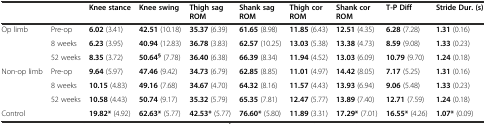
<table><thead><tr><td></td><td></td><td><b>Knee stance</b></td><td><b>Knee swing</b></td><td><b>Thigh sag ROM</b></td><td><b>Shank sag ROM</b></td><td><b>Thigh cor ROM</b></td><td><b>Shank cor ROM</b></td><td><b>T-P Diff</b></td><td><b>Stride Dur. (s)</b></td></tr></thead><tbody><tr><td>Op limb</td><td>Pre-op</td><td><b>6.02</b> (3.41)</td><td><b>42.51</b> (10.18)</td><td><b>35.37</b> (6.39)</td><td><b>61.65</b> (8.98)</td><td><b>11.85</b> (6.43)</td><td><b>12.51</b> (4.35)</td><td><b>6.28</b> (7.28)</td><td><b>1.31</b> (0.16)</td></tr><tr><td></td><td>8 weeks</td><td><b>6.23</b> (3.95)</td><td><b>40.94</b> (12.83)</td><td><b>36.78</b> (3.83)</td><td><b>62.57</b> (10.25)</td><td><b>13.03</b> (5.38)</td><td><b>13.38</b> (4.73)</td><td><b>8.59</b> (9.08)</td><td><b>1.33</b> (0.23)</td></tr><tr><td></td><td>52 weeks</td><td><b>8.35</b> (3.72)</td><td><b>50.64</b><sup><b>§</b></sup> (7.78)</td><td><b>36.40</b> (6.38)</td><td><b>66.39</b> (8.34)</td><td><b>11.94</b> (4.52)</td><td><b>13.03</b> (6.09)</td><td><b>10.79</b> (9.70)</td><td><b>1.24</b> (0.18)</td></tr><tr><td>Non-op limb</td><td>Pre-op</td><td><b>9.64</b> (5.97)</td><td><b>47.46</b> (9.42)</td><td><b>34.73</b> (6.79)</td><td><b>62.85</b> (8.85)</td><td><b>11.01</b> (4.97)</td><td><b>14.42</b> (8.05)</td><td><b>7.17</b> (5.25)</td><td><b>1.31</b> (0.16)</td></tr><tr><td></td><td>8 weeks</td><td><b>10.15</b> (4.83)</td><td><b>49.16</b> (7.68)</td><td><b>34.67</b> (4.70)</td><td><b>64.32</b> (8.16)</td><td><b>11.57</b> (4.43)</td><td><b>13.93</b> (6.94)</td><td><b>9.06</b> (5.48)</td><td><b>1.33</b> (0.23)</td></tr><tr><td></td><td>52 weeks</td><td><b>10.58</b> (4.43)</td><td><b>50.74</b> (9.17)</td><td><b>35.32</b> (5.79)</td><td><b>65.35</b> (7.81)</td><td><b>12.47</b> (5.77)</td><td><b>13.89</b> (7.40)</td><td><b>12.71</b> (7.59)</td><td><b>1.24</b> (0.18)</td></tr><tr><td>Control</td><td></td><td><b>19.82*</b> (4.92)</td><td><b>62.63*</b> (5.77)</td><td><b>42.53*</b> (5.77)</td><td><b>76.60*</b> (5.80)</td><td><b>11.89</b> (3.31)</td><td><b>17.29*</b> (7.01)</td><td><b>16.55*</b> (4.26)</td><td><b>1.07*</b> (0.09)</td></tr></tbody></table>